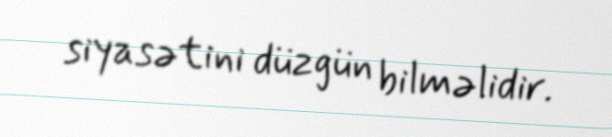
siyasətini düzgün bilməlidir.